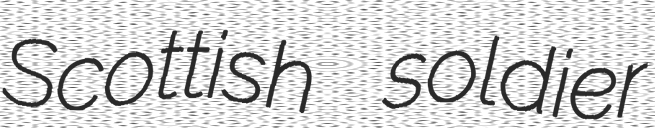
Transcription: Scottish soldier